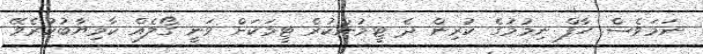
ނަމަވެސް ހާފް ނިމުމުގެ ކުރިން ދެ ޓީމުންކުރެ ޓީމަކަށް ވަނީ ގޯލެއް ކާމިޔާބުކުރެވޭ